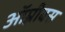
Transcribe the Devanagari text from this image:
ऑम्नीबस